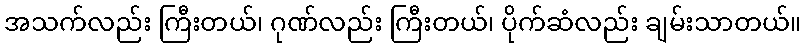
အသက်လည်း ကြီးတယ်၊ ဂုဏ်လည်း ကြီးတယ်၊ ပိုက်ဆံလည်း ချမ်းသာတယ်။